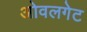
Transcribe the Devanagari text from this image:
ओवलगेट